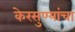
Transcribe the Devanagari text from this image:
केरसुण्यांचा